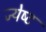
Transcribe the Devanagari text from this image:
ज्‍येष्‍ट